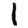
Digit: 1